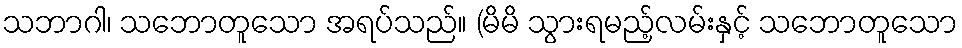
သဘာဂါ၊ သဘောတူသော အရပ်သည်။ (မိမိ သွားရမည့်လမ်းနှင့် သဘောတူသော